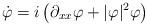
LaTeX: \begin{align*}\dot{\varphi}=i\left(\partial_{xx}\varphi+|\varphi|^2\varphi\right)\end{align*}